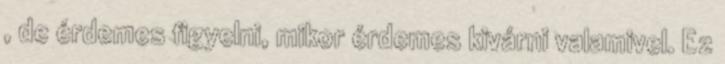
, de érdemes figyelni, mikor érdemes kivárni valamivel. Ez